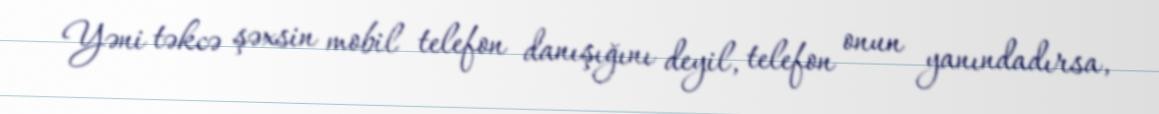
Yəni təkcə şəxsin mobil telefon danışığını deyil, telefon onun yanındadırsa,